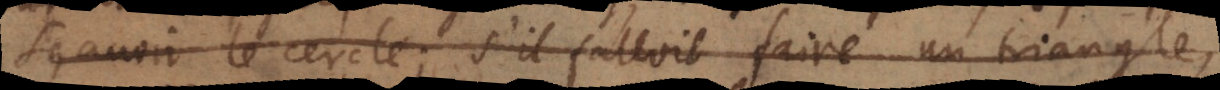
savoir le cercle; s’il falloit faire un triangle,